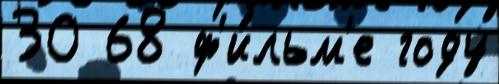
30 68 ф'и́льм'е году